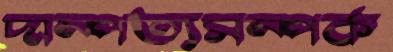
দাম্পত্যসম্পর্ক